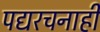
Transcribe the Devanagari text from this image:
पद्यरचनाही